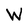
Character: W